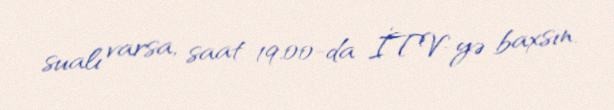
sualı varsa, saat 19.00-da İTV-yə baxsın.